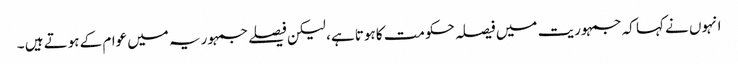
انہوں نے کہا کہ جمہوریت میں فیصلہ حکومت کا ہوتا ہے، لیکن فیصلے جمہوریہ میں عوام کے ہوتے ہیں ۔